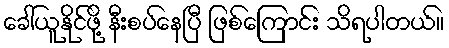
ခေါ်ယူနိုင်ဖို့ နီးစပ်နေပြီ ဖြစ်ကြောင်း သိရပါတယ်။